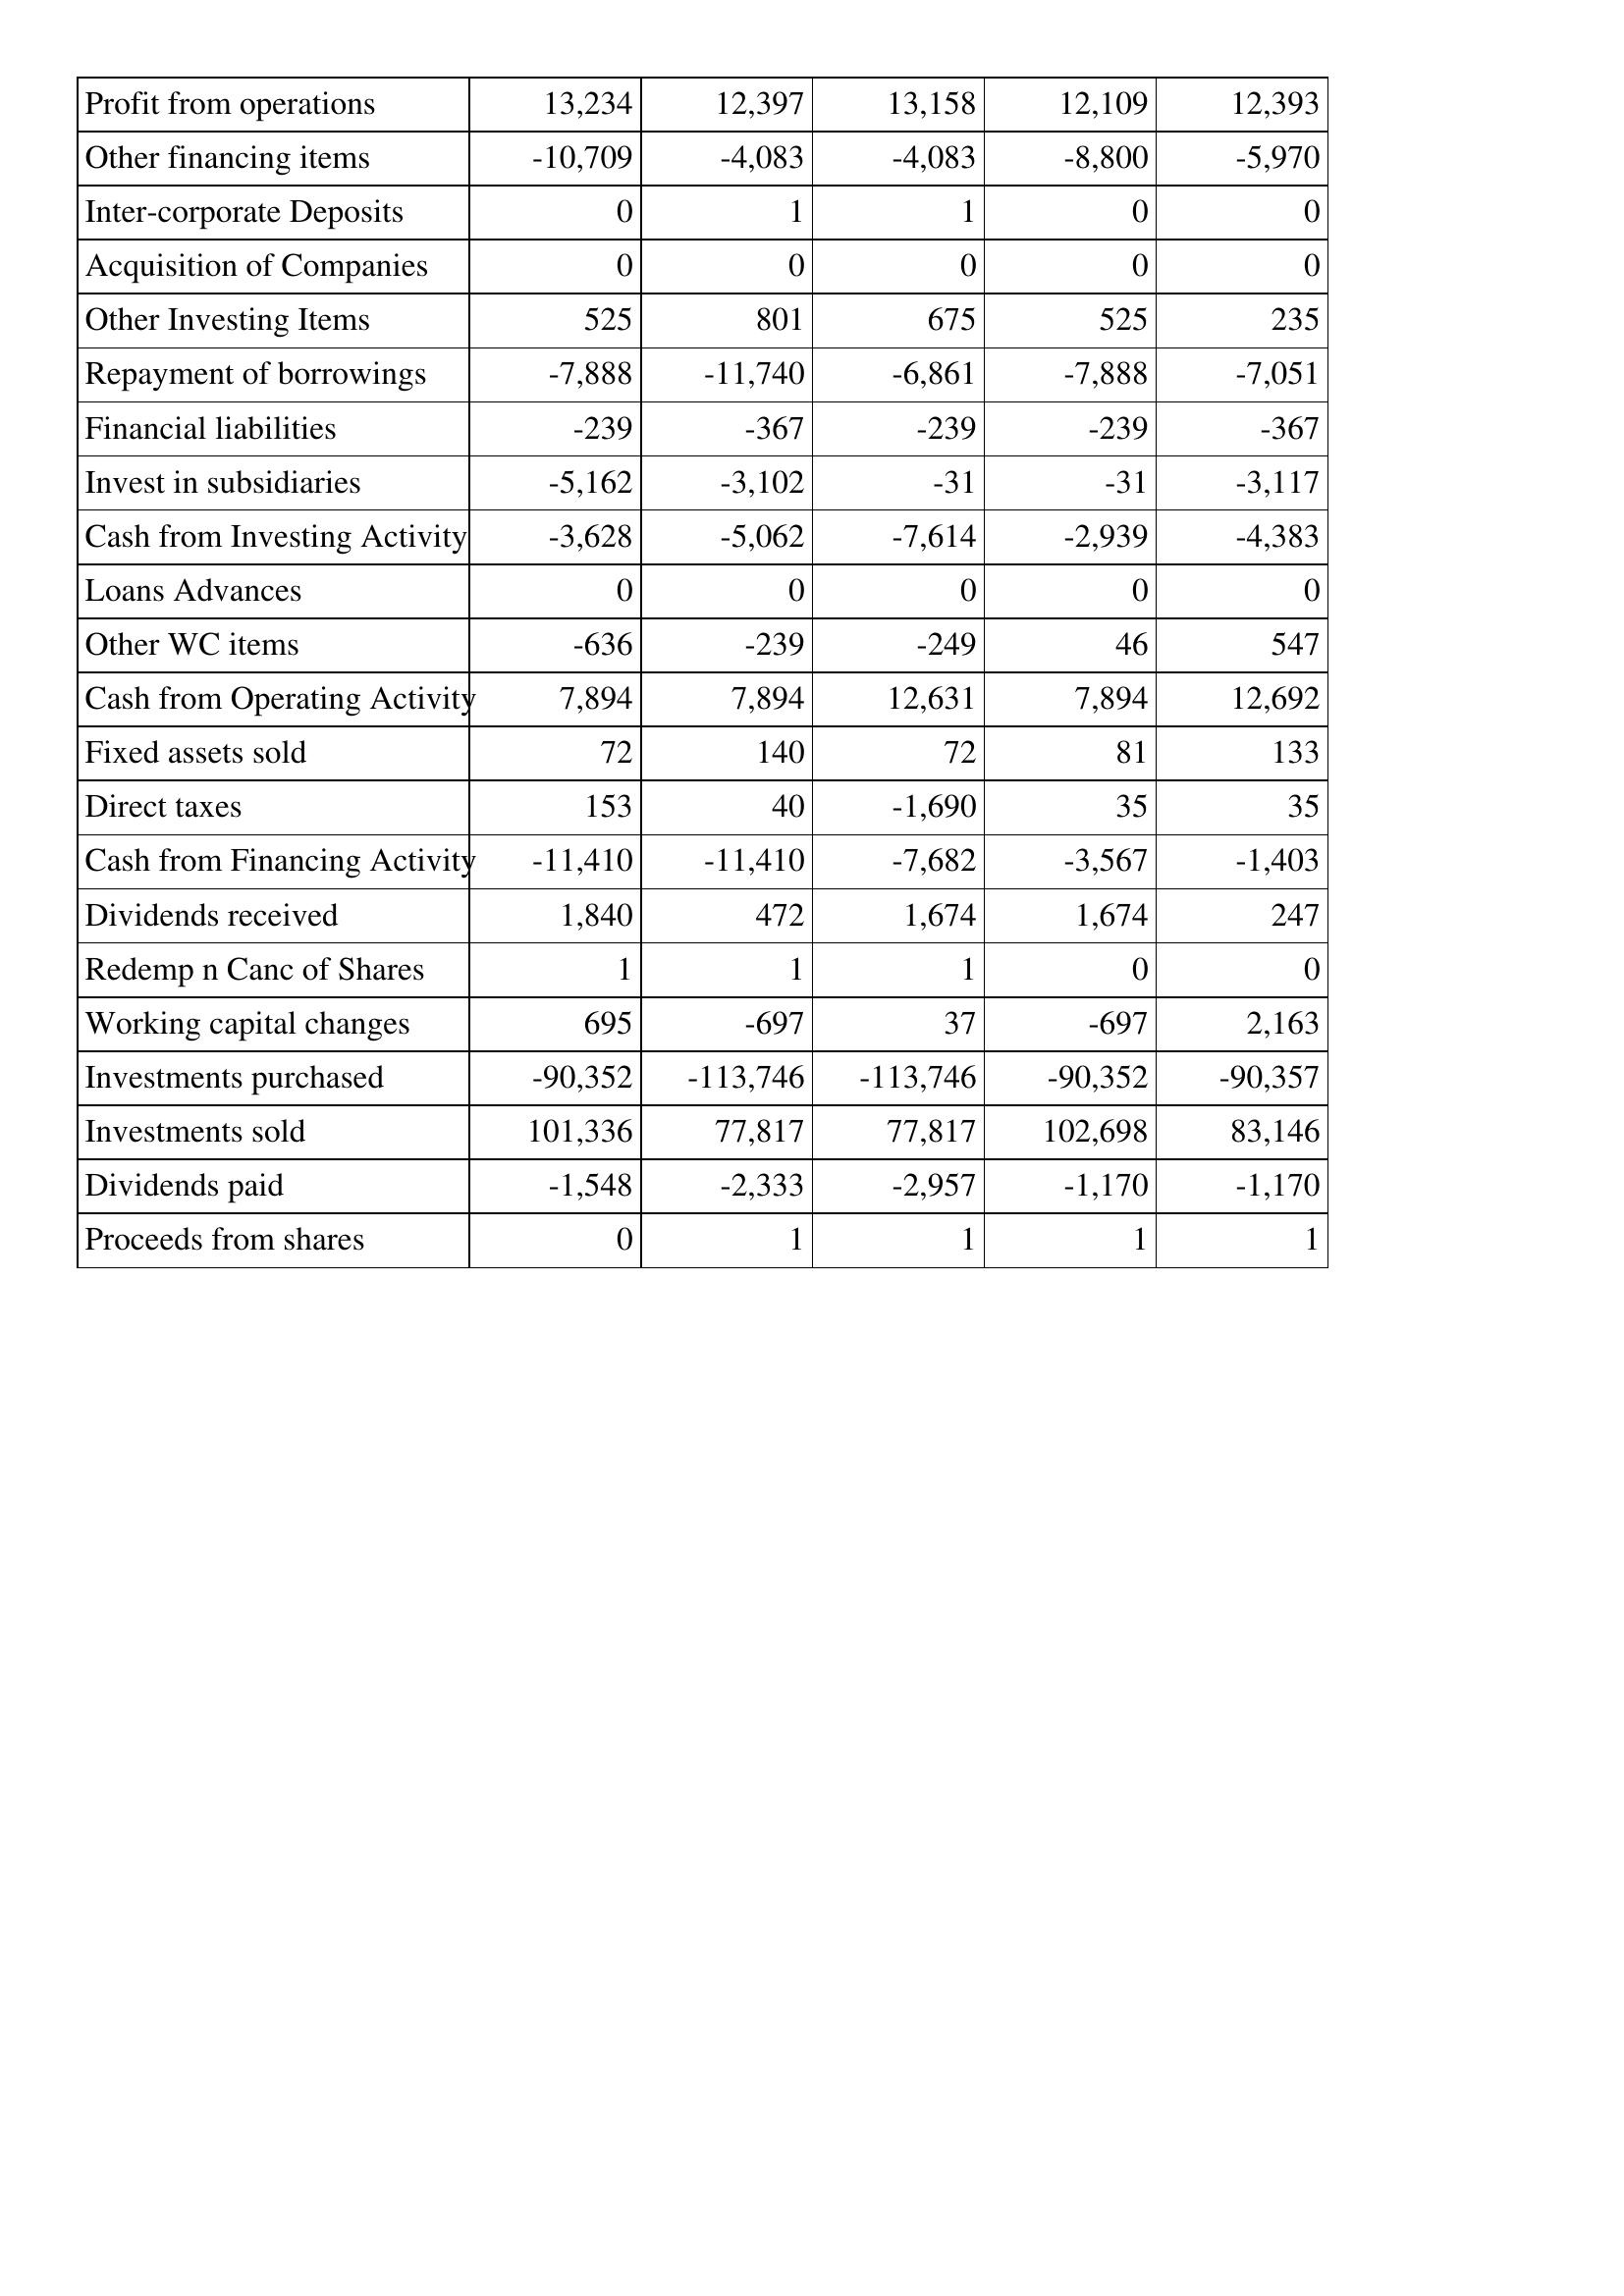
Apr-17: Cash Flows: Profit from operations: 13,234
Other financing items: -10,709
Inter-corporate Deposits: 0
Acquisition of Companies: 0
Other Investing Items: 525
Repayment of borrowings: -7,888
Financial liabilities: -239
Invest in subsidiaries: -5,162
Cash from Investing Activity: -3,628
Loans Advances: 0
Other WC items: -636
Cash from Operating Activity: 7,894
Fixed assets sold: 72
Direct taxes: 153
Cash from Financing Activity: -11,410
Dividends received: 1,840
Redemp n Canc of Shares: 1
Working capital changes: 695
Investments purchased: -90,352
Investments sold: 101,336
Dividends paid: -1,548
Proceeds from shares: 0
Apr-16: Cash Flows: Profit from operations: 12,397
Other financing items: -4,083
Inter-corporate Deposits: 1
Acquisition of Companies: 0
Other Investing Items: 801
Repayment of borrowings: -11,740
Financial liabilities: -367
Invest in subsidiaries: -3,102
Cash from Investing Activity: -5,062
Loans Advances: 0
Other WC items: -239
Cash from Operating Activity: 7,894
Fixed assets sold: 140
Direct taxes: 40
Cash from Financing Activity: -11,410
Dividends received: 472
Redemp n Canc of Shares: 1
Working capital changes: -697
Investments purchased: -113,746
Investments sold: 77,817
Dividends paid: -2,333
Proceeds from shares: 1
Apr-15: Cash Flows: Profit from operations: 13,158
Other financing items: -4,083
Inter-corporate Deposits: 1
Acquisition of Companies: 0
Other Investing Items: 675
Repayment of borrowings: -6,861
Financial liabilities: -239
Invest in subsidiaries: -31
Cash from Investing Activity: -7,614
Loans Advances: 0
Other WC items: -249
Cash from Operating Activity: 12,631
Fixed assets sold: 72
Direct taxes: -1,690
Cash from Financing Activity: -7,682
Dividends received: 1,674
Redemp n Canc of Shares: 1
Working capital changes: 37
Investments purchased: -113,746
Investments sold: 77,817
Dividends paid: -2,957
Proceeds from shares: 1
Apr-14: Cash Flows: Profit from operations: 12,109
Other financing items: -8,800
Inter-corporate Deposits: 0
Acquisition of Companies: 0
Other Investing Items: 525
Repayment of borrowings: -7,888
Financial liabilities: -239
Invest in subsidiaries: -31
Cash from Investing Activity: -2,939
Loans Advances: 0
Other WC items: 46
Cash from Operating Activity: 7,894
Fixed assets sold: 81
Direct taxes: 35
Cash from Financing Activity: -3,567
Dividends received: 1,674
Redemp n Canc of Shares: 0
Working capital changes: -697
Investments purchased: -90,352
Investments sold: 102,698
Dividends paid: -1,170
Proceeds from shares: 1
Apr-13: Cash Flows: Profit from operations: 12,393
Other financing items: -5,970
Inter-corporate Deposits: 0
Acquisition of Companies: 0
Other Investing Items: 235
Repayment of borrowings: -7,051
Financial liabilities: -367
Invest in subsidiaries: -3,117
Cash from Investing Activity: -4,383
Loans Advances: 0
Other WC items: 547
Cash from Operating Activity: 12,692
Fixed assets sold: 133
Direct taxes: 35
Cash from Financing Activity: -1,403
Dividends received: 247
Redemp n Canc of Shares: 0
Working capital changes: 2,163
Investments purchased: -90,357
Investments sold: 83,146
Dividends paid: -1,170
Proceeds from shares: 1